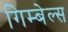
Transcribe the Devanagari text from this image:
गिम्बेल्स